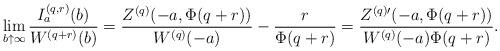
LaTeX: \begin{align*} \lim_{b \uparrow \infty }\frac {I_a^{(q,r)} (b)} {W^{(q+r)}(b)} &=\frac {Z^{(q)} (-a, \Phi(q+r))} {W^{(q)}(-a)} - \frac r {\Phi(q+r)} = \frac {Z^{(q)\prime} (-a, \Phi(q+r))} {W^{(q)}(-a) \Phi(q+r)}.\end{align*}